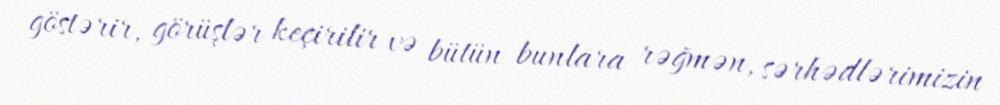
göstərir, görüşlər keçirilir və bütün bunlara rəğmən, sərhədlərimizin